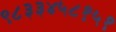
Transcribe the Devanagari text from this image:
९८३३४५८१५१